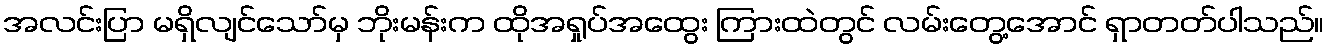
အလင်းပြာ မရှိလျင်သော်မှ ဘိုးမန်းက ထိုအရှုပ်အထွေး ကြားထဲတွင် လမ်းတွေ့အောင် ရှာတတ်ပါသည်။